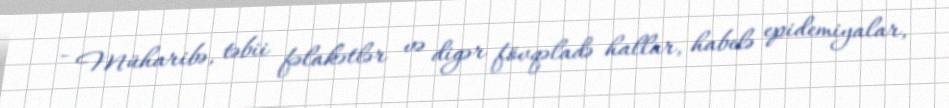
- Müharibə, təbii fəlakətlər və digər fövqəladə hallar, habelə epidemiyalar,